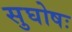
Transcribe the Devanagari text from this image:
सुघोषः